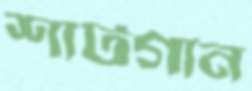
শার্টগান